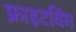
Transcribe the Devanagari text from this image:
फ्राइटविंग